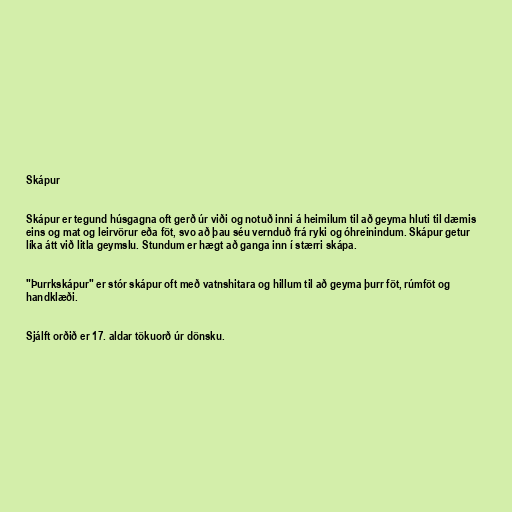
Skápur

Skápur er tegund húsgagna oft gerð úr viði og notuð inni á heimilum til að geyma hluti til dæmis
eins og mat og leirvörur eða föt, svo að þau séu vernduð frá ryki og óhreinindum. Skápur getur
líka átt við litla geymslu. Stundum er hægt að ganga inn í stærri skápa.

"Þurrkskápur" er stór skápur oft með vatnshitara og hillum til að geyma þurr föt, rúmföt og
handklæði.

Sjálft orðið er 17. aldar tökuorð úr dönsku.